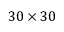
3 0 \times 3 0